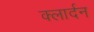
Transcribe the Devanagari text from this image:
क्लार्दन